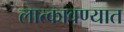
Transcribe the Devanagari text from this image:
लात्कावण्यात